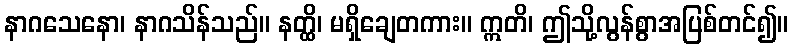
နာဂသေနော၊ နာဂသိန်သည်။ နတ္ထိ၊ မရှိချေတကား။ ဣတိ၊ ဤသို့လွန်စွာအပြစ်တင်၍။